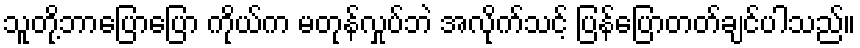
သူတို့ဘာပြောပြော ကိုယ်က မတုန်လှုပ်ဘဲ အလိုက်သင့် ပြန်ပြောတတ်ချင်ပါသည်။